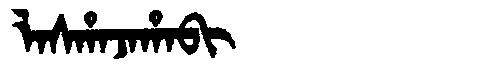
Manchu: ᠯᠠᠰᡥᠠᠵᠠᡥᠠᠪᡳ
Romanization: LASHAJAHABI